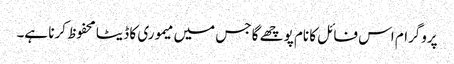
پروگرام اس فائل کا نام پوچھے گا جس میں میموری کا ڈیٹا محفوظ کرنا ہے۔